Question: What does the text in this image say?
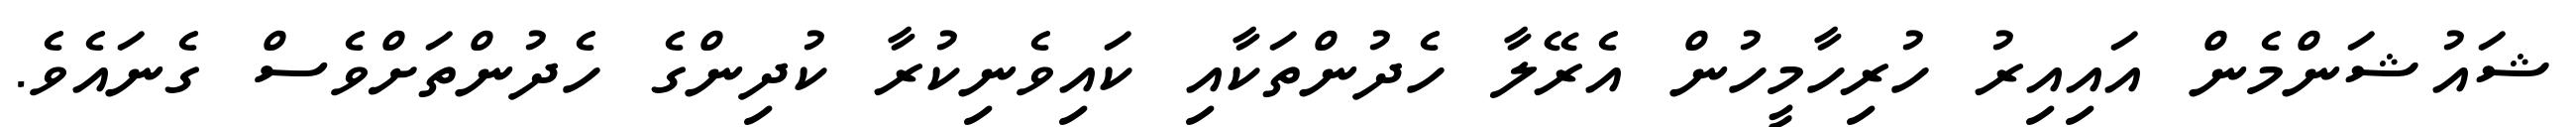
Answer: ޝައުޝަންމެން އައިއިރު ހުރިހާމީހުން އެރޭލާ ހެދުންތަކާއި ކައިވެނިކުރާ ކުދިންގެ ހެދުންތަށްވެސް ގެނައެވެ.